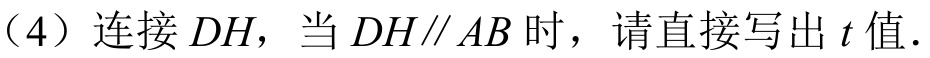
（4）连接\(DH\)，当\(DH\parallel AB\)时，请直接写出\(t\)值.